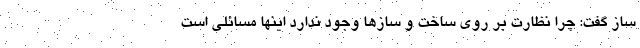
ساز گفت: چرا نظارت بر روی ساخت و سازها وجود ندارد اینها مسائلی است